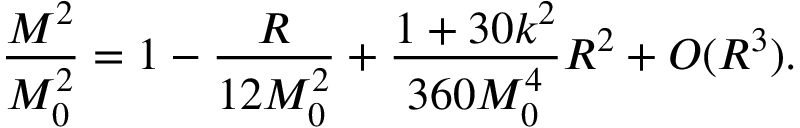
\frac { M ^ { 2 } } { M _ { 0 } ^ { 2 } } = 1 - \frac { R } { 1 2 M _ { 0 } ^ { 2 } } + \frac { 1 + 3 0 k ^ { 2 } } { 3 6 0 M _ { 0 } ^ { 4 } } R ^ { 2 } + { \cal O } ( R ^ { 3 } ) .